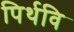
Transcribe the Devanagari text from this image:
पिर्थवि